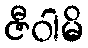
ဇီဝါမိ